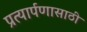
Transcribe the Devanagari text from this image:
प्रत्यार्पणासाठी